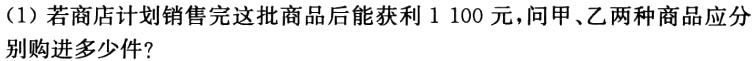
（1）若商店计划销售完这批商品后能获利 1 100 元，问甲、乙两种商品应分